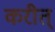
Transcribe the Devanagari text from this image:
करीत्